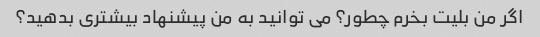
اگر من بلیت بخرم چطور؟ می توانید به من پیشنهاد بیشتری بدهید؟